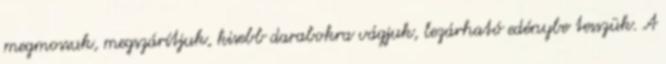
megmossuk, megszárítjuk, kisebb darabokra vágjuk, lezárható edénybe tesszük. A